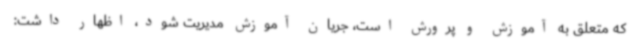
که متعلق به آموزش و پرورش است، جریان آموزش مدیریت شود، اظهار داشت: